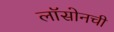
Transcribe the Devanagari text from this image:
लॉसोनची